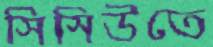
সিসিউতে